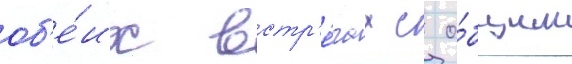
об'е́их встр'е́чах с о́бщим